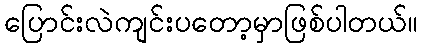
ပြောင်းလဲကျင်းပတော့မှာဖြစ်ပါတယ်။